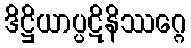
ဒိဋ္ဌိယာပ္ပဋိနိဿဂ္ဂေ